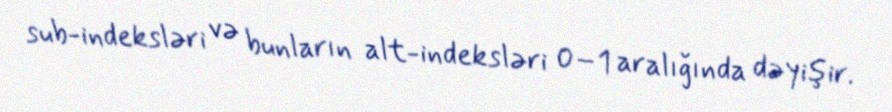
sub-indeksləri və bunların alt-indeksləri 0–1 aralığında dəyişir.